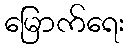
မြောက်ရေး